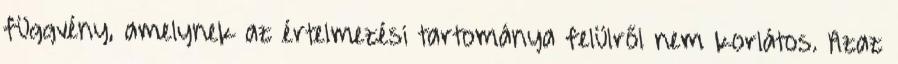
függvény, amelynek az értelmezési tartománya felülről nem korlátos. Azaz